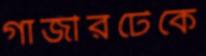
গাজীরটেকে